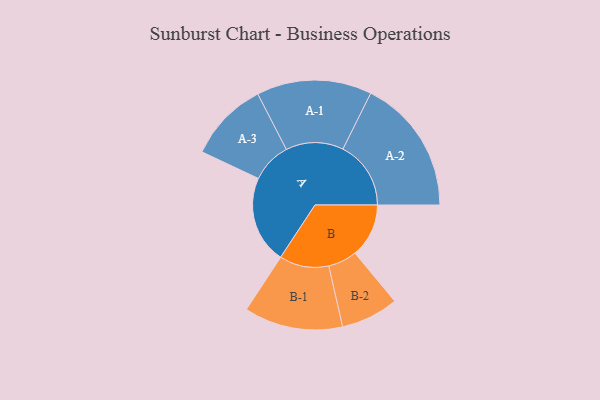
{"axis": {"x": "Segment", "y": "Value"}, "legend": ["", "A", "B"], "data": [{"x": "A", "y": 353, "type": ""}, {"x": "B", "y": 217, "type": ""}, {"x": "A-1", "y": 232, "type": "A"}, {"x": "A-2", "y": 274, "type": "A"}, {"x": "A-3", "y": 162, "type": "A"}, {"x": "B-1", "y": 199, "type": "B"}, {"x": "B-2", "y": 116, "type": "B"}]}